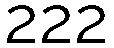
222